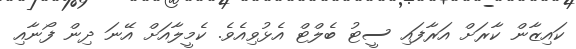
ކައިޒާން ކާރަށް އަރާފައި ސީޓު ބެލްޓް އެޅުވިއެވެ. ކެމީލާއަށް އޭނަ ދިން ފޯނާއި